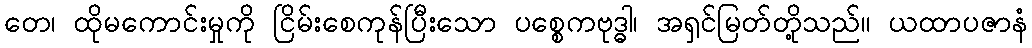
တေ၊ ထိုမကောင်းမှုကို ငြိမ်းစေကုန်ပြီးသော ပစ္စေကဗုဒ္ဓါ၊ အရှင်မြတ်တို့သည်။ ယထာပဇာနံ